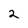
Character: 2